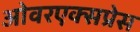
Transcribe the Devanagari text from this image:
ओवरएक्सप्रेस